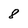
Character: 8